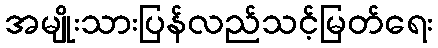
အမျိုးသားပြန်လည်သင့်မြတ်ရေး